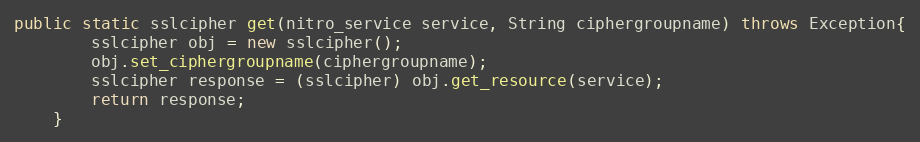
Language: Java
public static sslcipher get(nitro_service service, String ciphergroupname) throws Exception{
		sslcipher obj = new sslcipher();
		obj.set_ciphergroupname(ciphergroupname);
		sslcipher response = (sslcipher) obj.get_resource(service);
		return response;
	}